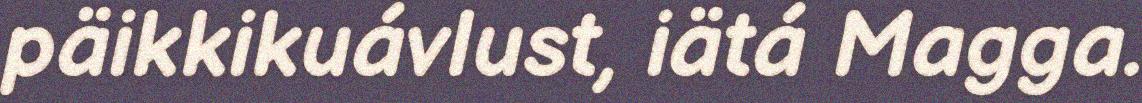
päikkikuávlust, iätá Magga.